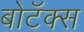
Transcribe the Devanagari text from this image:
बोटॅक्स